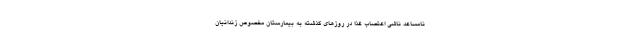
نامساعد ناشی اعتصاب غذا در روزهای گذشته به بیمارستان مخصوص زندانیان